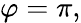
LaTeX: \varphi=\pi,